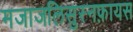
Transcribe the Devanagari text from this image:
मजाजलिसुस्नफ़ायस